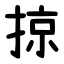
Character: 掠